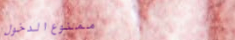
ممنوع الدخول